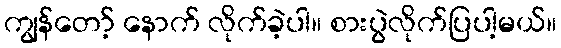
ကျွန်တော့် နောက် လိုက်ခဲ့ပါ။ စားပွဲလိုက်ပြပါ့မယ်။